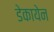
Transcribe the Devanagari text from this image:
डेकायेन